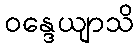
ဝန္ဒေယျာသိ